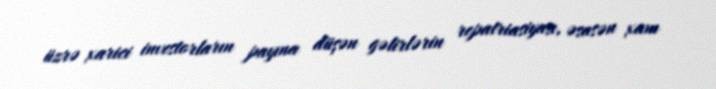
üzrə xarici investorların payına düşən gəlirlərin repatriasiyası, əsasən xam